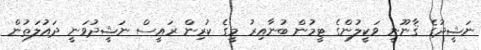
ނަޝީދުގެ ޤާނޫނީ ވަކީލުންގެ ޓީމުން ބުނާއިރު މީގެ ކުރިން ރައީސް ނަޝީދުވަނީ ދައުލަތުން